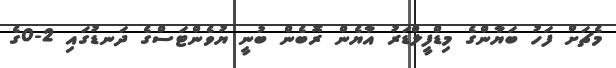
މެޗަށް ފަހު ބަޔާންގެ މިޑްފީލްޑަރު އާޔެން ރޮބެން ބުނީ ޔުވެންޓަސްގެ ދަނޑުގައި 2-0ގެ